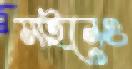
মাইনেও